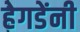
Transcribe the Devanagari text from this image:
हेगडेंनी